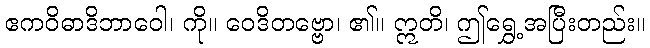
ဧကဝိဓာဒိဘာဝေါ၊ ကို။ ဝေဒိတဗ္ဗော၊ ၏။ ဣတိ၊ ဤရွှေ့အပြီးတည်း။